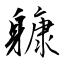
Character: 躿